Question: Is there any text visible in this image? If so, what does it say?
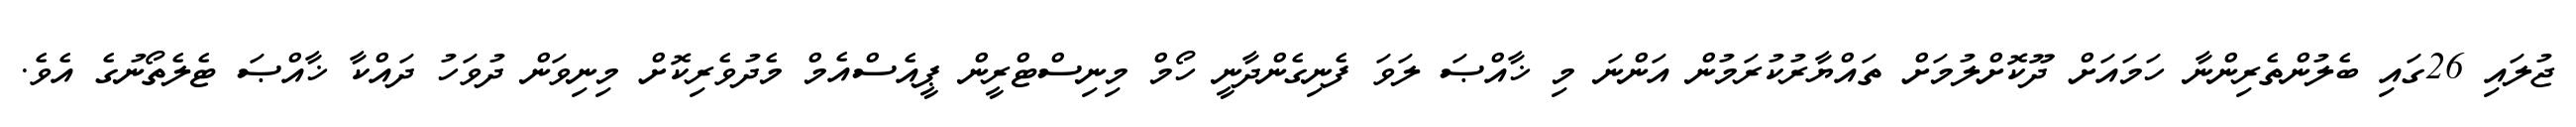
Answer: ޖުލައި 26ގައި ބެލުންތެރިންނާ ހަމައަށް ދޫކޮށްލުމަށް ތައްޔާރުކުރަމުން އަންނަ މި ޚާއްޞަ ލަވަ ފެނިގެންދާނީ ހޯމް މިނިސްޓްރީން ޕީއެސްއެމް މެދުވެރިކޮށް މިނިވަން ދުވަހު ދައްކާ ޚާއްޞަ ޓެލެތޯނުގެ އެވެ.